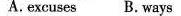
A.excuses B.ways